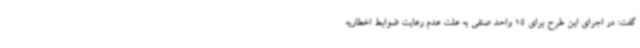
گفت: در اجرای این طرح برای 15 واحد صنفی به علت عدم رعایت ضوابط اخطاریه